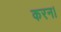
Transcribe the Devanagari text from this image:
करन।